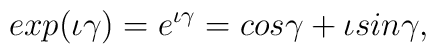
exp(\iota\gamma)= e^{\iota\gamma} =cos\gamma +\iota sin\gamma,